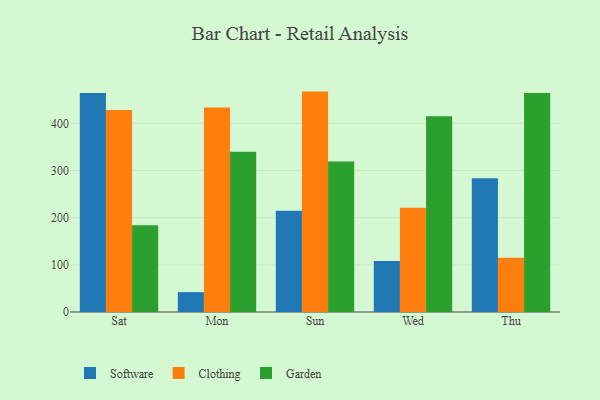
{"axis": {"x": "Day", "y": "Page Views"}, "legend": ["Clothing", "Garden", "Software"], "data": [{"x": "Sat", "y": 464.4, "type": "Software"}, {"x": "Sat", "y": 428.1, "type": "Clothing"}, {"x": "Sat", "y": 183.8, "type": "Garden"}, {"x": "Mon", "y": 42.1, "type": "Software"}, {"x": "Mon", "y": 433.6, "type": "Clothing"}, {"x": "Mon", "y": 339.5, "type": "Garden"}, {"x": "Sun", "y": 214.4, "type": "Software"}, {"x": "Sun", "y": 467.2, "type": "Clothing"}, {"x": "Sun", "y": 319.1, "type": "Garden"}, {"x": "Wed", "y": 108.2, "type": "Software"}, {"x": "Wed", "y": 220.9, "type": "Clothing"}, {"x": "Wed", "y": 415.0, "type": "Garden"}, {"x": "Thu", "y": 283.5, "type": "Software"}, {"x": "Thu", "y": 115.0, "type": "Clothing"}, {"x": "Thu", "y": 464.4, "type": "Garden"}]}